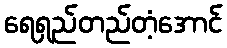
ရေရှည်တည်တံ့အောင်